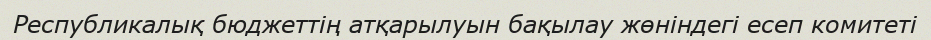
Республикалық бюджеттің атқарылуын бақылау жөніндегі есеп комитеті